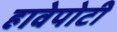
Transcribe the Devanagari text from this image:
हावेपोटी